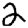
Digit: 2